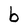
Character: b